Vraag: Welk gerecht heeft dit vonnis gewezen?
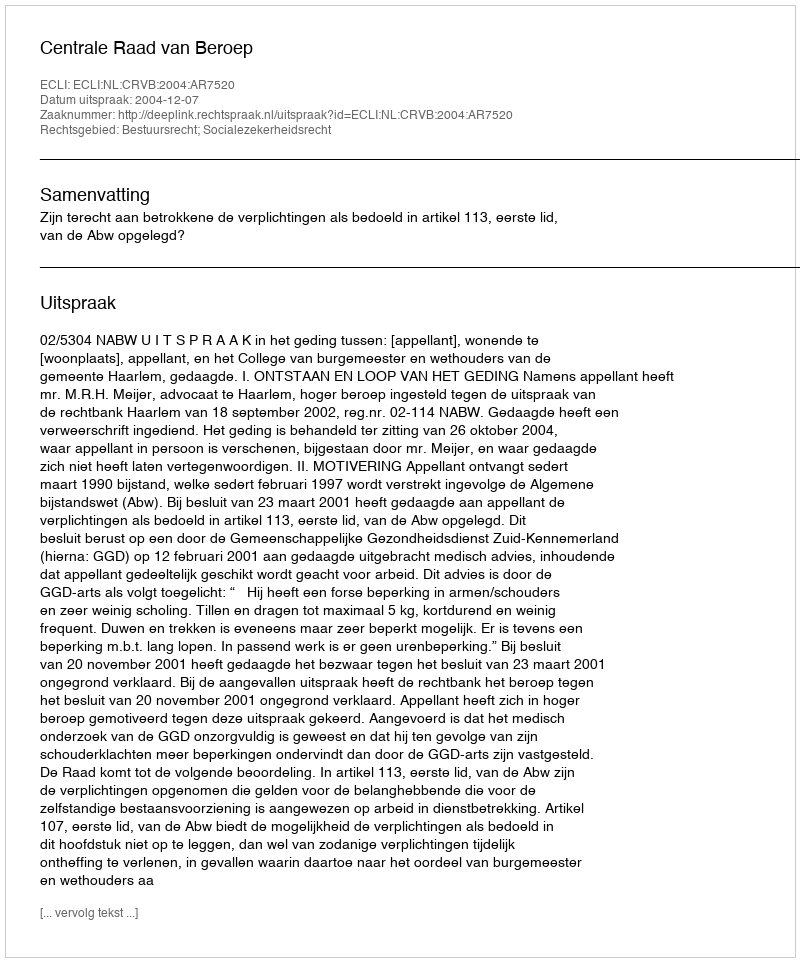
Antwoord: Centrale Raad van Beroep